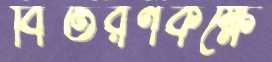
বিতরণকক্ষে